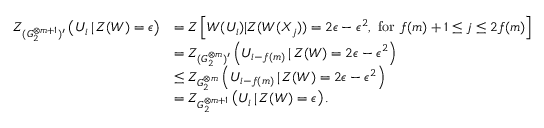
\begin{array} { r l } { Z _ { ( G _ { 2 } ^ { \otimes m + 1 } ) ^ { \prime } } \left( U _ { i } \, | \, Z ( W ) = \epsilon \right) } & { = Z \left[ W ( U _ { i } ) | Z ( W ( X _ { j } ) ) = 2 \epsilon - \epsilon ^ { 2 } , \mathrm { ~ f o r ~ } f ( m ) + 1 \leq j \leq 2 f ( m ) \right] } \\ & { = Z _ { ( G _ { 2 } ^ { \otimes m } ) ^ { \prime } } \left( U _ { i - f ( m ) } \, | \, Z ( W ) = 2 \epsilon - \epsilon ^ { 2 } \right) } \\ & { \leq Z _ { G _ { 2 } ^ { \otimes m } } \left( U _ { i - f ( m ) } \, | \, Z ( W ) = 2 \epsilon - \epsilon ^ { 2 } \right) } \\ & { = Z _ { G _ { 2 } ^ { \otimes m + 1 } } \left( U _ { i } \, | \, Z ( W ) = \epsilon \right) . } \end{array}